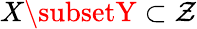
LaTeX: X\subsetY\subset\mathcal{Z}